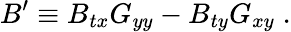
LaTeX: B^{\prime}\equiv B_{tx}G_{yy}-B_{ty}G_{xy}\; .